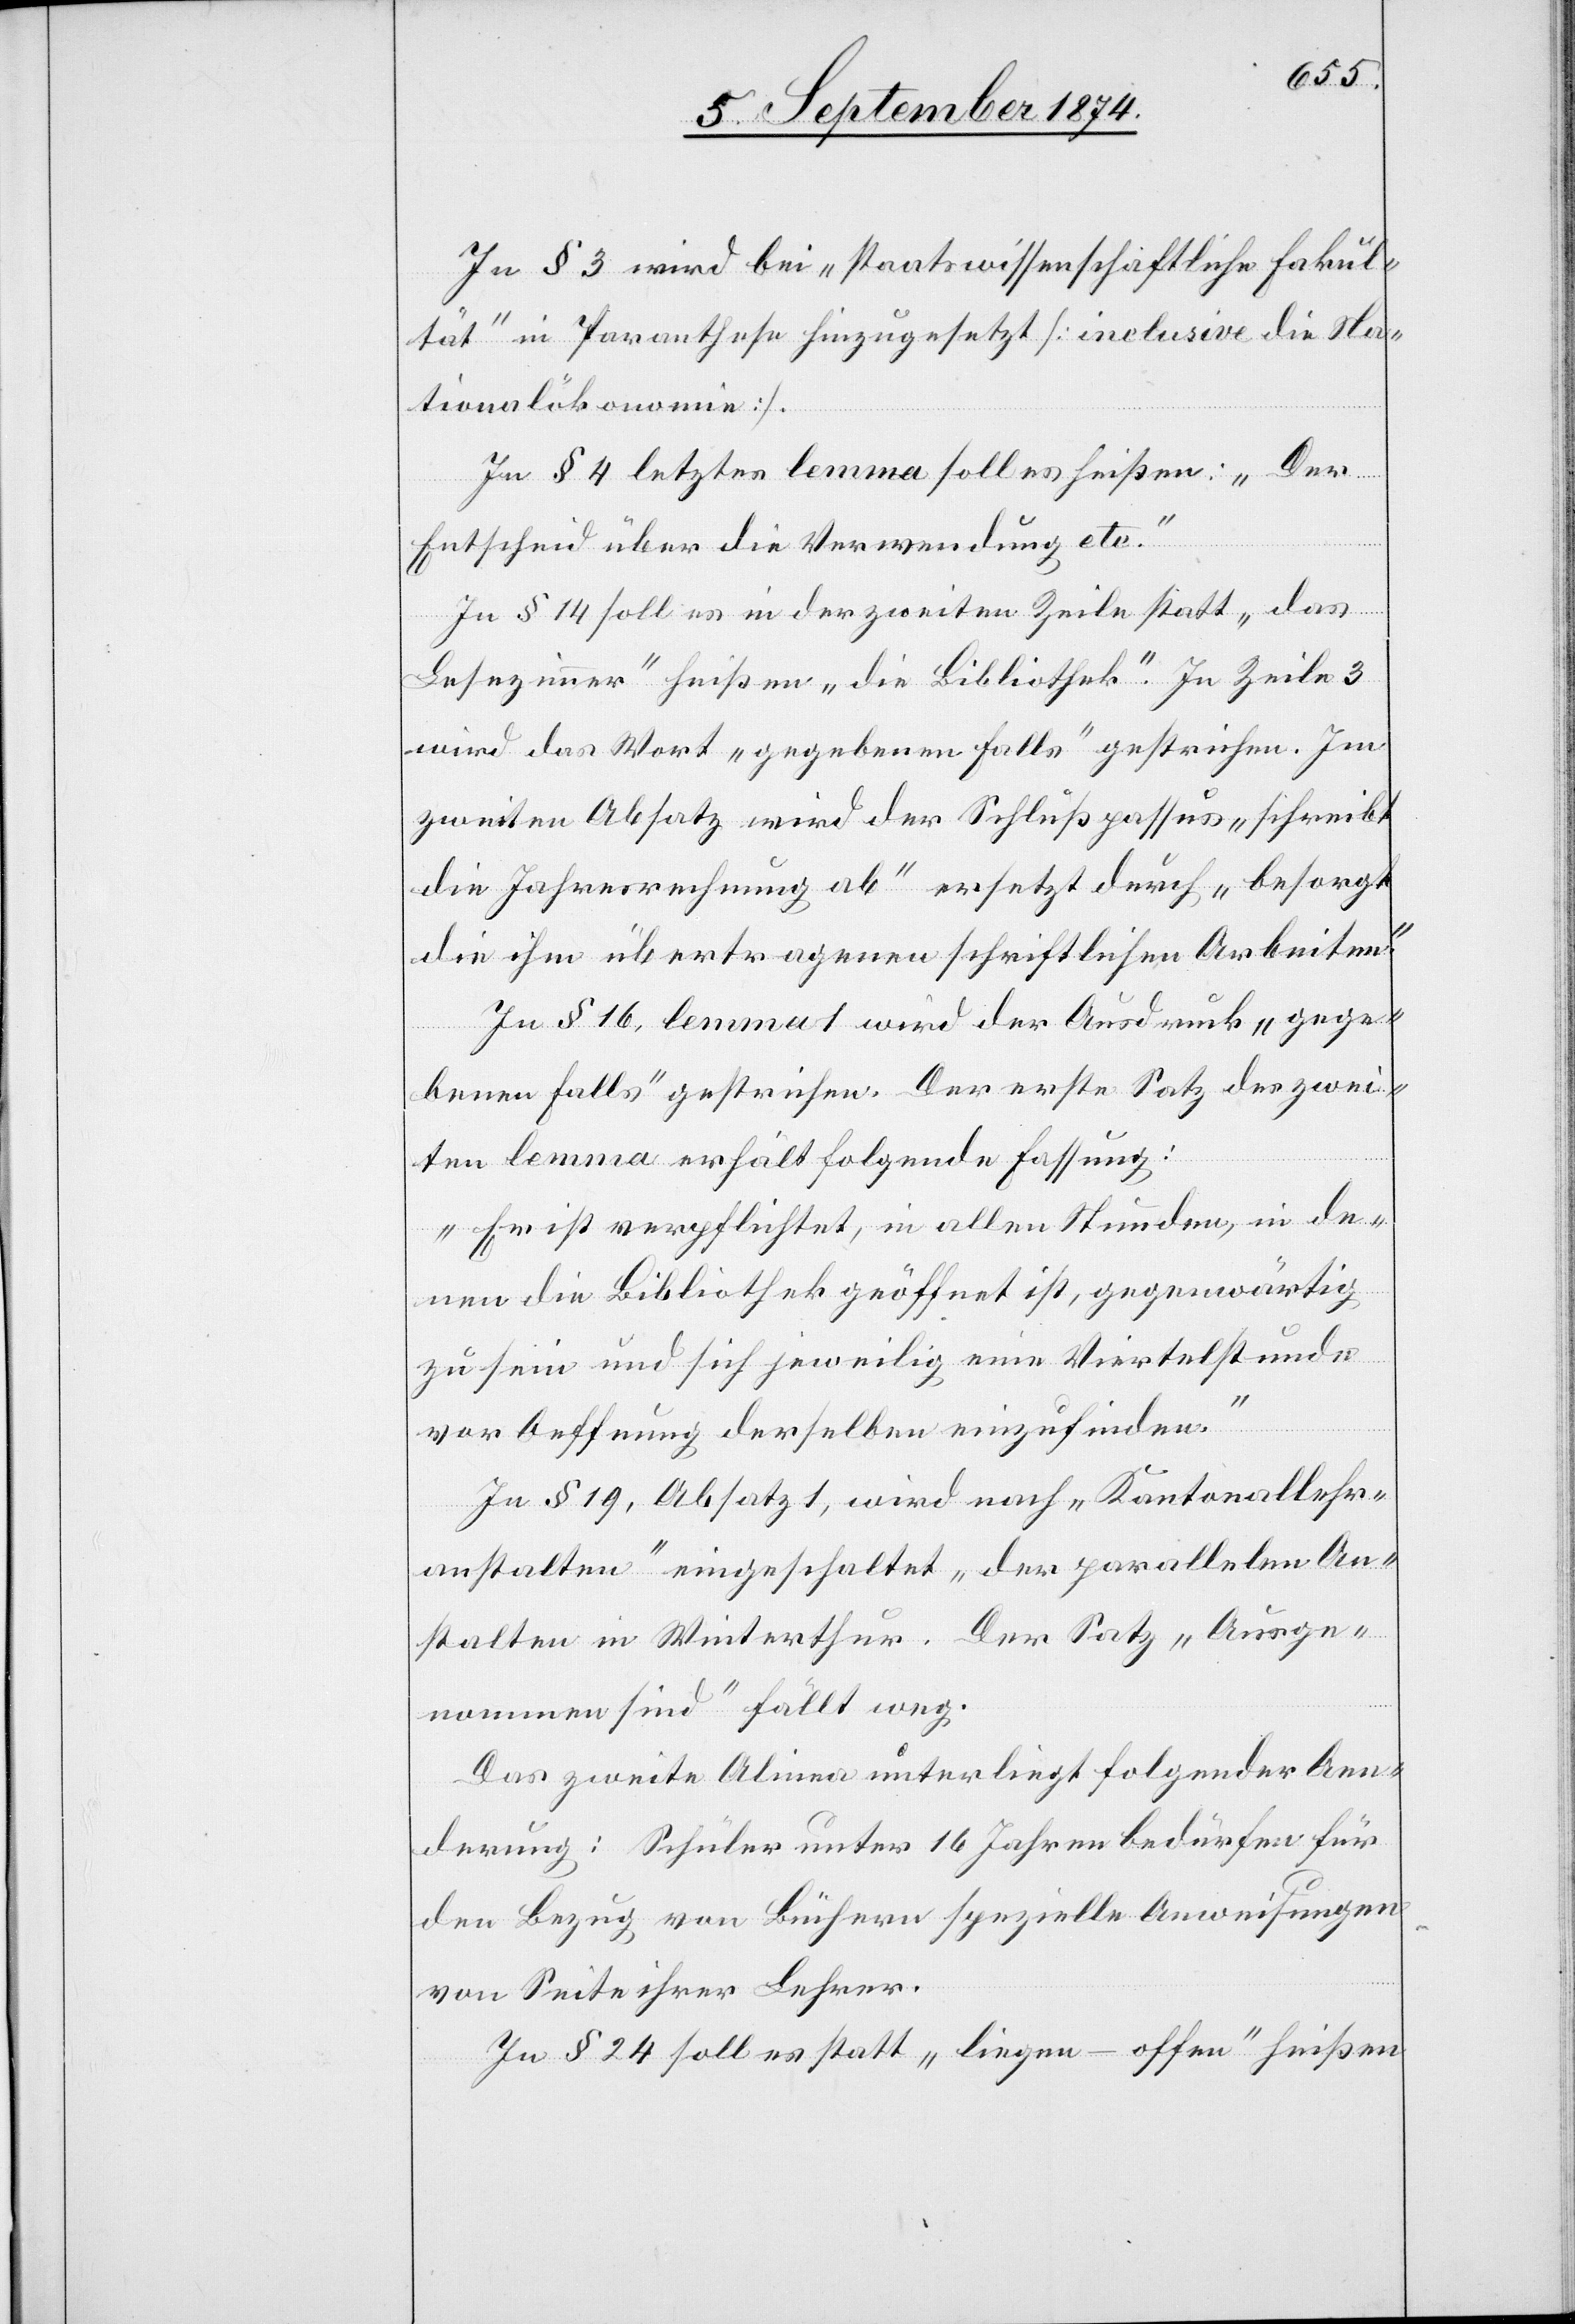
In § 3 wird bei „staatswissenschaftliche Fakul¬
tät“ in Paranthese hinzugesetzt [inclusive die Na¬
tionalökonomie].
In § 4 letztes lemma soll es heißen: „Der
Entscheid über die Verwendung etc.“
In § 14 soll es in der zweiten Zeile statt „das
Lesezimmer“ heißen „die Bibliothek.“ In Zeile 3
wird das Wort „gegebenen Falls“ gestrichen. Im
zweiten Absatz wird der Schlußpassus „schreibt
die Jahresrechnung ab“ ersetzt durch „besorgt
die ihm übertragenen schriftlichen Arbeiten.“
In § 16, lemma 1 wird der Ausdruck „gege¬
benen Falls“ gestrichen. Der erste Satz des zwei¬
ten lemma erhält folgende Fassung:
„Er ist verpflichtet, in allen Stunden, in de¬
nen die Bibliothek geöffnet ist, gegenwärtig
zu sein und sich jeweilig eine Viertelstunde
vor Oeffnung derselben einzufinden.“
In § 19, Absatz 1, wird nach „Kantonallehr¬
anstalten“ eingeschaltet „der parallelen An¬
stalten in Winterthur.[“] Der Satz „Ausge¬
nommen sind“ fällt weg.
Das zweite Alinea unterliegt folgender Aen¬
derung: [„]Schüler unter 16 Jahren bedürfen für
den Bezug von Büchern spezielle Anweisungen
von Seite ihrer Lehrer.[“]
In § 24 soll es statt „liegen – offen“ heißen